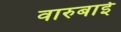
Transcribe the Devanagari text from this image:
वारुबाई